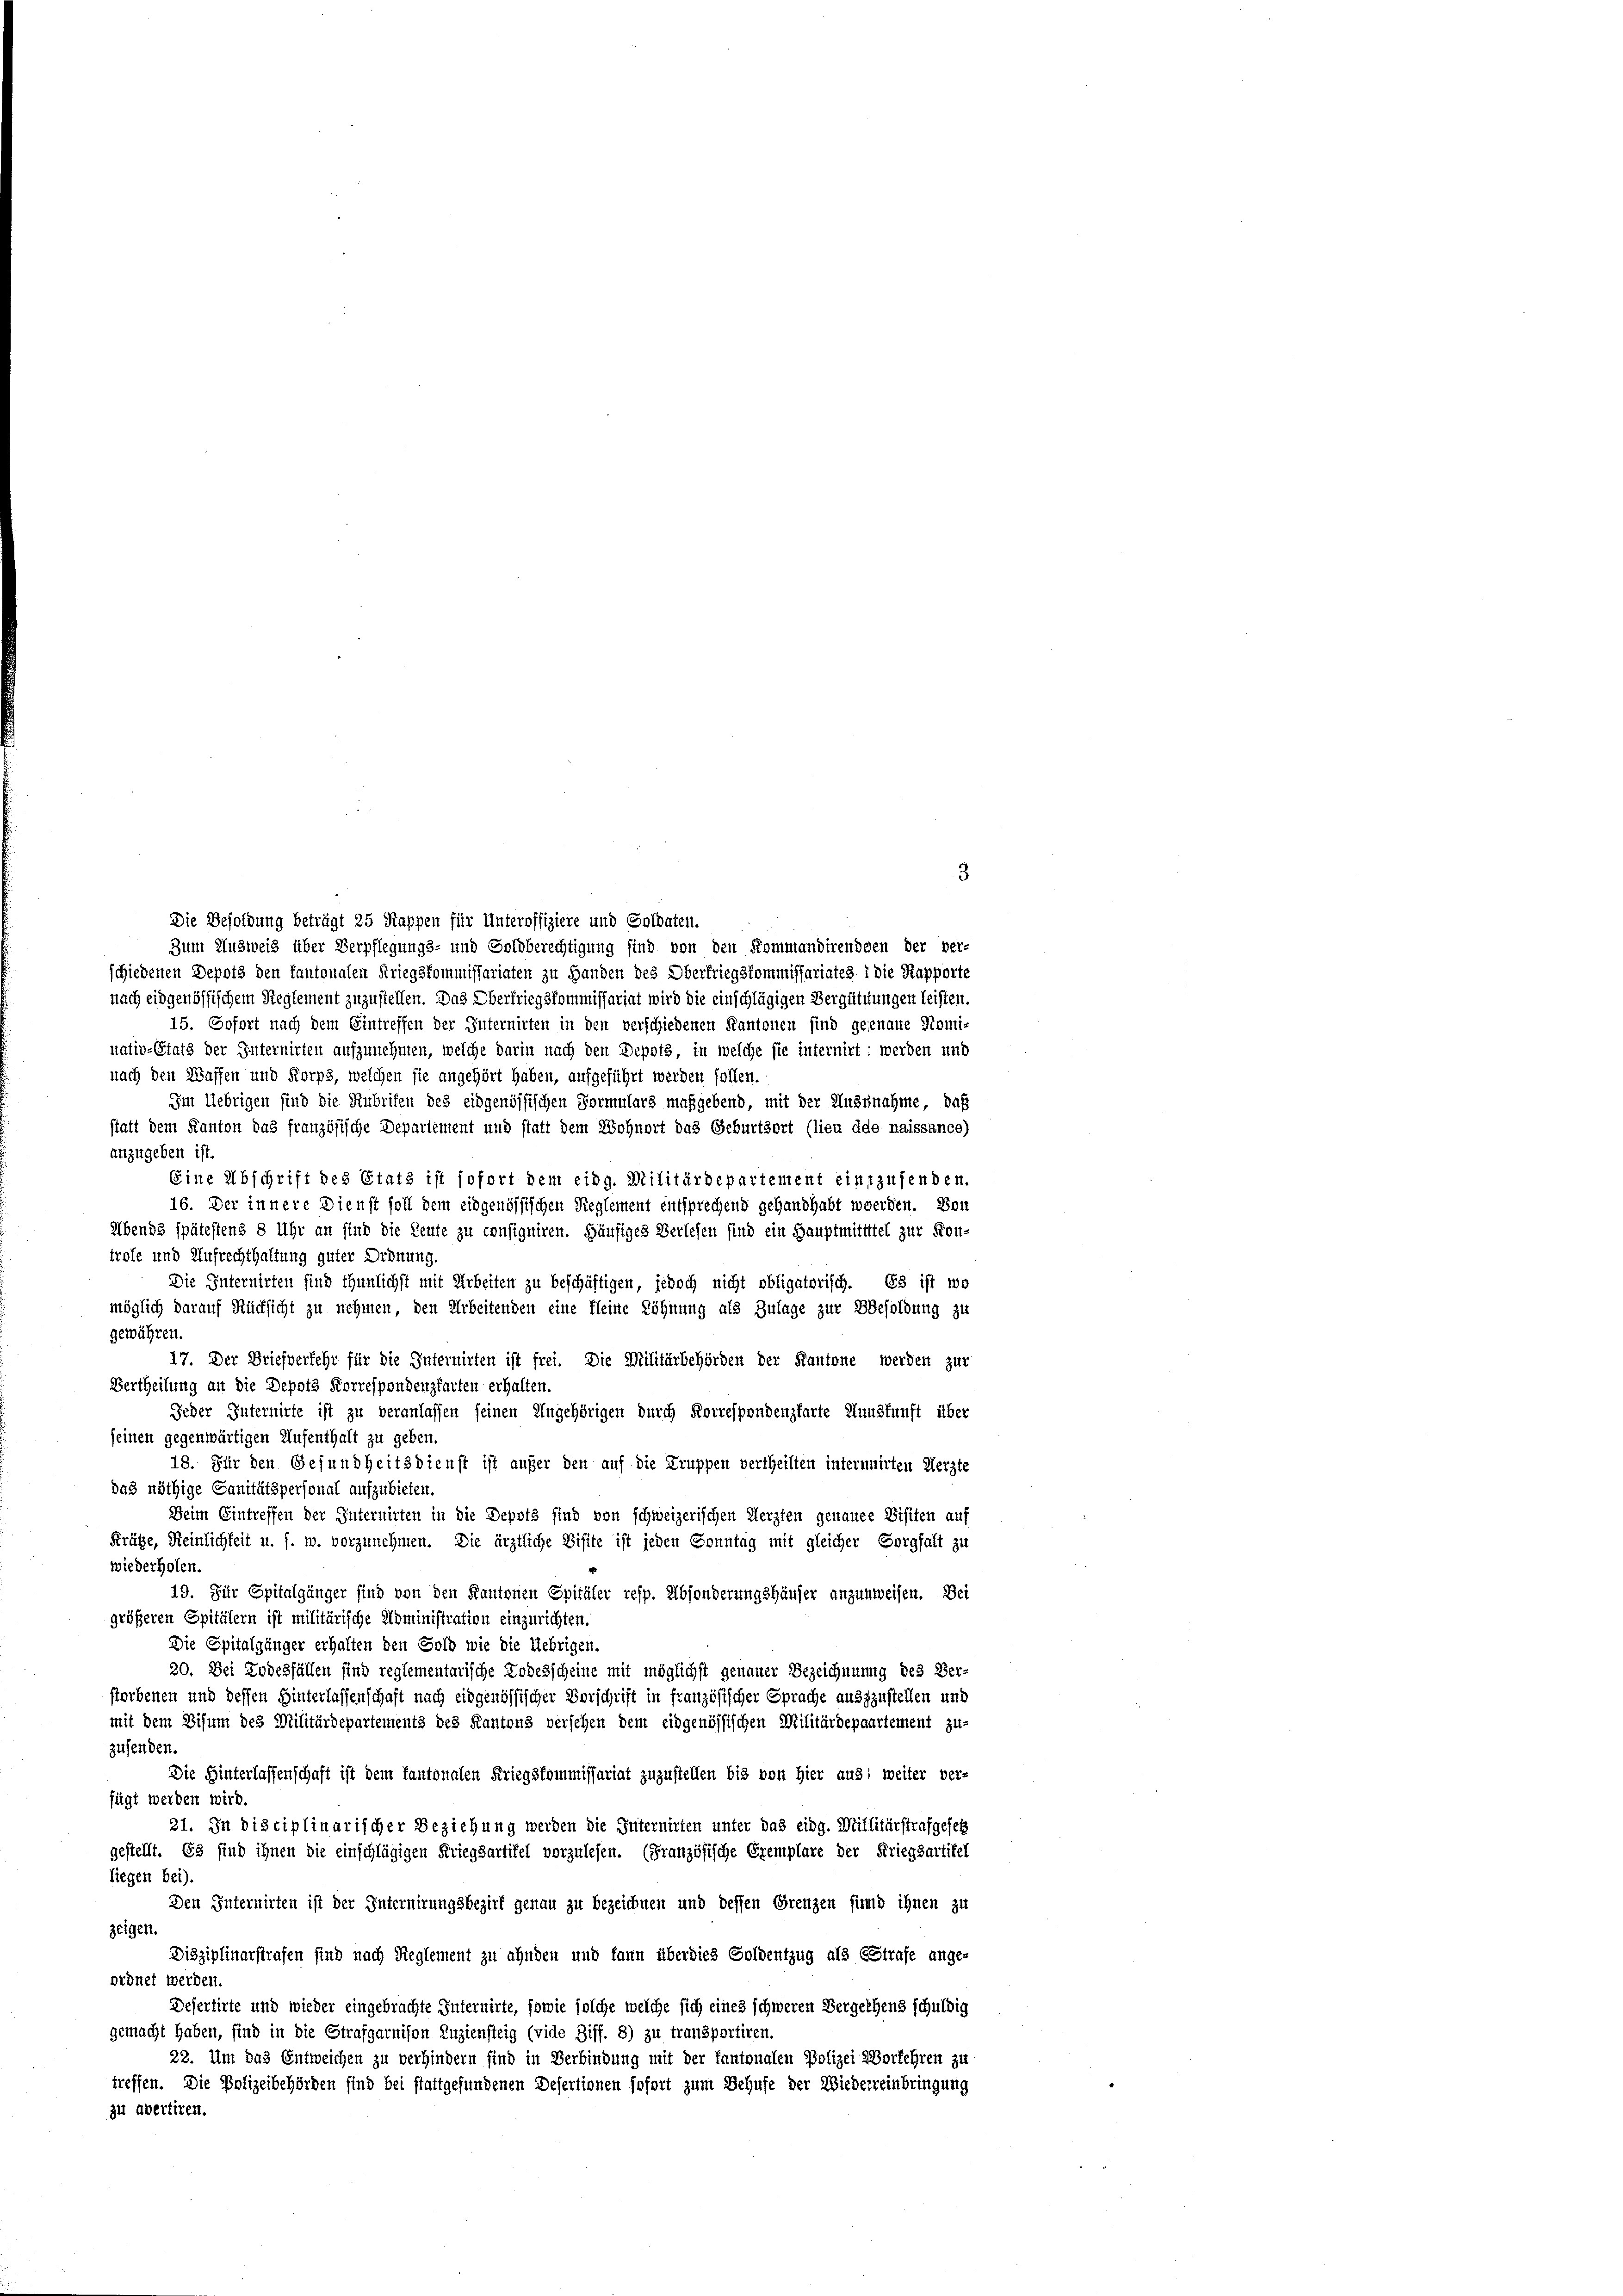
Zum Ausweis über Verpflegungs- und Goldberechtigung sind von den Kommandirendden der ver-
schiedenen Depots den kantonalen Kriegskommissariaten zu Handen des Oberfriegskommissariates i die Rapporte
nach eidgenössischem Reglement zuzustellen. Das Oberfriegskommissariat wird die einschlägigen Vergütungen leisten.
15. Gofort nach dem Eintreffen der Internirten in den verschiedenen Kantonen sind geenaue Komi-
nativ-Etats der Internirten aufzunehmen, welche darin nach den Depots, in welche sie internirt: werden und
nach den Waffen und Korps, welchen sie angehört haben, aufgeführt werden sollen.
Im Uebrigen sind die Rubriten des eidgenössischen Formulars maßgebend, mit der Ausnahme, daß
statt dem Kanton das französische Departement und statt dem Wohnert das Geburtsort (lieu dde naissance)
anzugeben ist.
Eine Abschrift des Etats ist sofort dem eidg. Militärdepartement einzusenden.
16. Der innere Dienst soll dem eidgenössischen Reglement entsprechend gehandhabt werden. Von
Abends spätestens 8 Uhr an sind die Leute zu consigniren. Häufiges Verlesen sind ein Hauptmittitel zur Kon-
trole und Aufrechthaltung guter Ordnung.
Die Internirten sind thunlichst mit Arbeiten zu beschäftigen, jedoch nicht obligatorisch. Es ist wo
möglich darauf Rücksicht zu nehmen, den Arbeitenden eine kleine Löhnung als Zulage zur Besoldung zu
gewähren.
17. Der Briefverfehr für die Internirten ist frei. Die Militärbehörden der Kantone werden zur
Vertheilung an die Depots Korrespondenzkarten erhalten.
Jeder Internirte ist zu veranlassen seinen Ungehörigen durch Korrespondenzkarte Hundfunft über
seinen gegenwärtigen Aufenthalt zu geben.
18. Für den Gesundheitsdienst ist außer den auf die Truppen vertheilten internnirten Aerzte
das nöthige Sanitätspersonal aufzubieten.
Deim Eintreffen der Internirten in die Depots sind von schweizerischen Merzten genauer Visiten auf
Kräße, Reinlichkeit u. f. w. vorzunehmen. Die ärztliche Visite ist jeden Sonntag mit gleicher Sorgfalt zu
wiederholen.
19. Für Spitalgänger sind von den Kantonen Spitäler resp. Absonderungshäuser anzunweisen. Dei
größeren Spitälern ist militärische Administration einzurichten.
Die Spitalgänger erhalten den Sold wie die Uebrigen.
20. Dei Todesfällen sind reglementarische Todesscheine mit möglichst genauer Bezeichnung des Ver-
storbenen und dessen Hinterlassenschaft nach eidgenössischer Vorschrift in französischer Sprache auszzustellen und
mit dem Visum des Militärdepartements des Kantons versehen dem eidgenössischen Militärdepaartement zu-
zusenden.
Die Hinterlassenschaft ist dem kantonalen Kriegskommissariat zuzustellen bis von Hier aus, weiter ver-
fügt werden wird.
21. In disciplinarischer Beziehung werden die Internirten unter das eidg. Millitärstrafgesetz
gestellt. Es sind ihnen die einschlägigen Kriegsartitel vorzulesen. (Französische Exemplare der Kriegsartikel
liegen bei).
Den Internirten ist der Internirungsbezirk genau zu bezeichnen und dessen Grenzen find ihnen zu
zeigen.
Disziplinarstrafen sind nach Reglement zu ahnden und kann überdies Soldentzug als Erstrafe ange-
ordnet werden.
Defertirte und wieder eingebrachte Internirte, sowie solche welche sich eines schweren Vergethens schuldig
gemacht haben, sind in die Strafgarnison Zuziensteig (vide Ziff. 8) zu transportiren.
22. Um das Entweichen zu verhindern sind in Verbindung mit der Kantonalen Polizei Vorkehren zu
treffen. Die Polizeibehörden sind bei stattgefundenen Desertionen sofort zum Behufe der Wiederreinbringung
zu abertiren.

Die Besoldung beträgt 25 Kappen für Unteroffiziere und Soldaten.